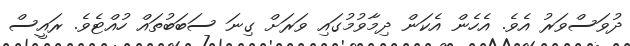
ދުވަސްވަރު އެވެ. އެހެން އެކަން ދިމާވުމުގައި ވަަރަށް ގިނަ ސަބަބުތައް ހުއްޓެވެ. ރައީސް